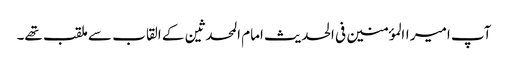
آپ امیر االمؤمنین فی الحدیث امام المحدثین کے القاب سے ملقب تھے۔